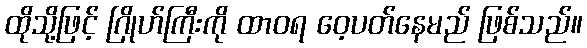
ထိုသို့ဖြင့် ဂြိုဟ်ကြီးကို ထာဝရ ဝေ့ပတ်နေမည် ဖြစ်သည်။